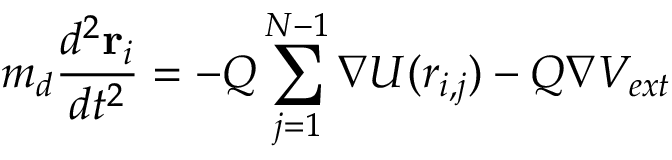
m _ { d } \frac { d ^ { 2 } \mathbf { r } _ { i } } { d t ^ { 2 } } = - Q \sum _ { j = 1 } ^ { N - 1 } \nabla U ( r _ { i , j } ) - Q \nabla V _ { e x t }